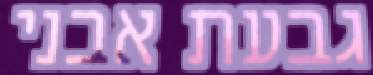
גבעת אבני